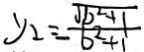
y _ { 2 } = \frac { \sqrt { b ^ { 2 } + 1 } } { b ^ { 2 } + 1 }